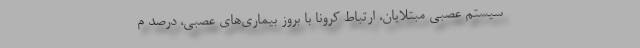
سیستم عصبی مبتلایان، ارتباط کرونا با بروز بیماری‌های عصبی، درصد م